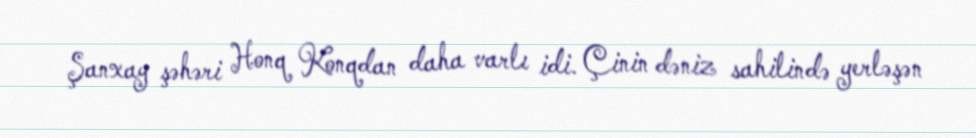
Şanxay şəhəri Honq Konqdan daha varlı idi. Çinin dəniz sahilində yerləşən